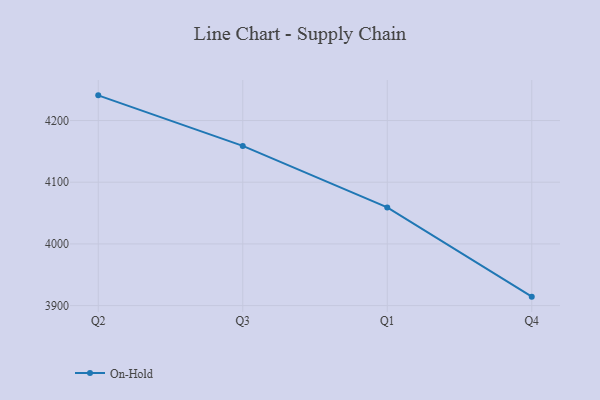
{"axis": {"x": "Quarter", "y": "Satisfaction Score"}, "legend": ["On-Hold"], "data": [{"x": "Q2", "y": 4240.8, "type": "On-Hold"}, {"x": "Q3", "y": 4158.9, "type": "On-Hold"}, {"x": "Q1", "y": 4059.1, "type": "On-Hold"}, {"x": "Q4", "y": 3914.5, "type": "On-Hold"}]}